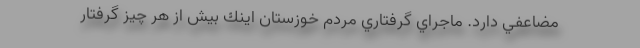
مضاعفي دارد. ماجراي گرفتاري مردم خوزستان اينك بيش از هر چيز گرفتار